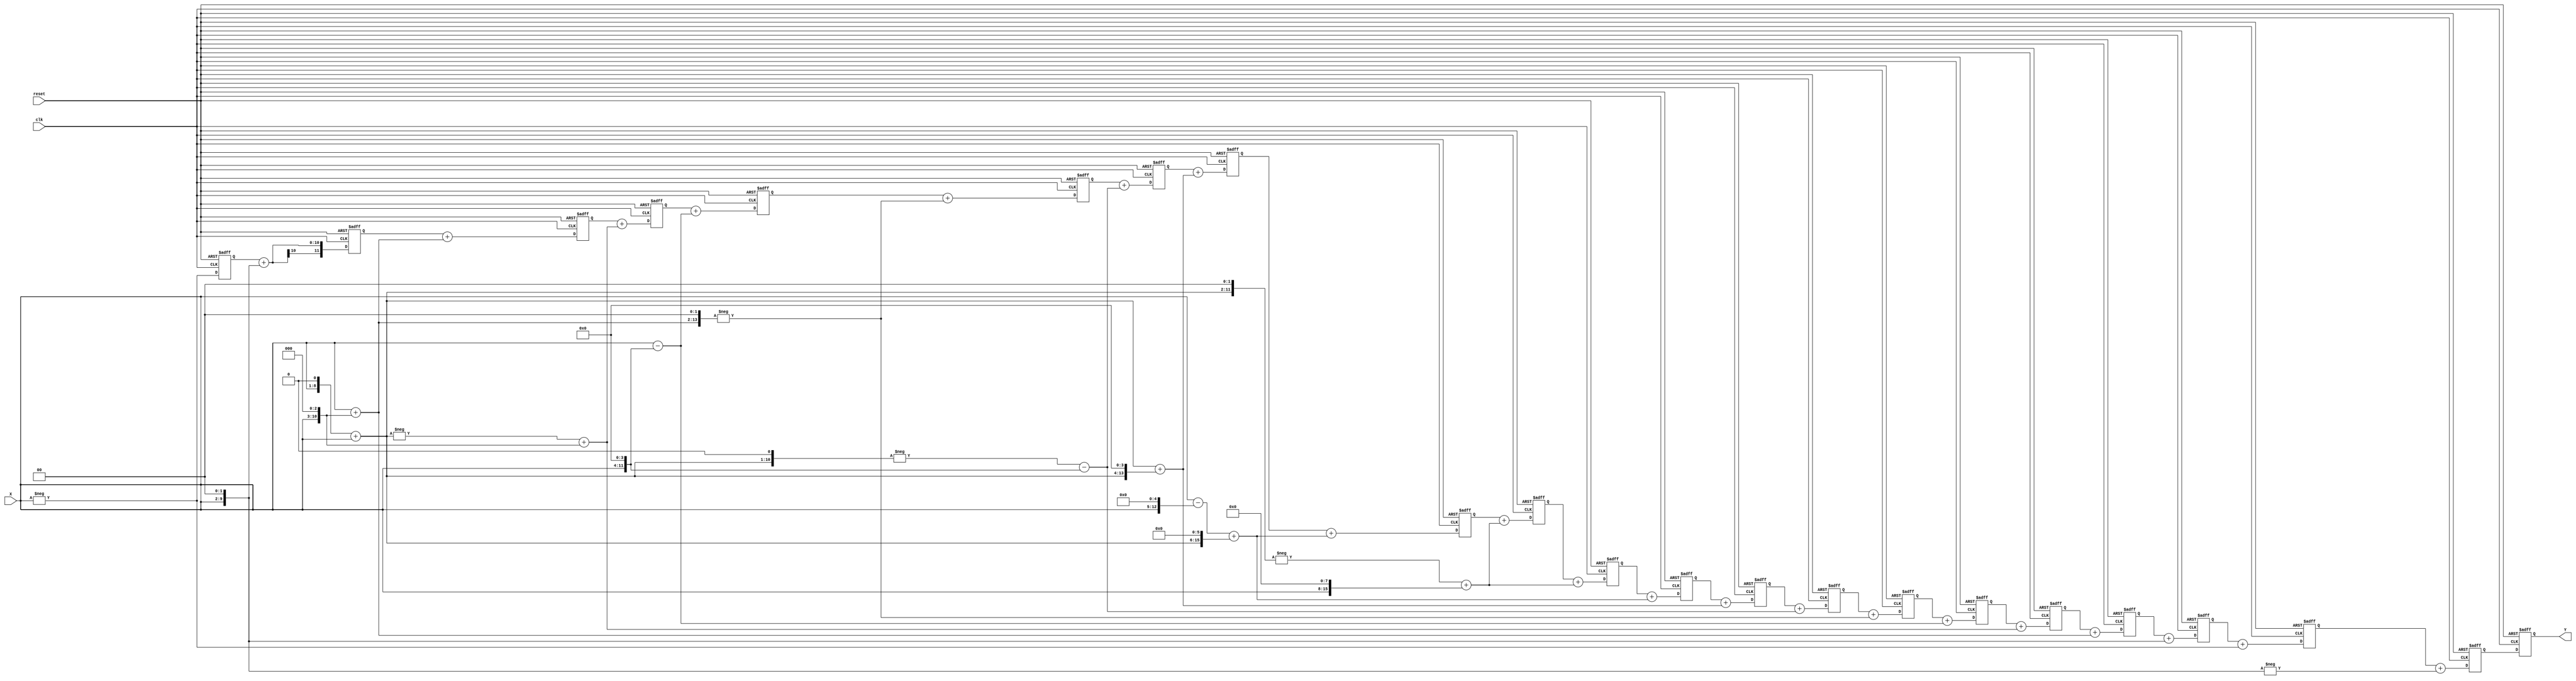
// This program was cloned from: https://github.com/HeLiangHIT/polyphase_filter_prj
// License: MIT License

/*---------------------------------------------------------------------------*
* This solution is produced by FIR Filter Generator (FFG) based on the       *
* Radix-2^r Multiple-Constant-Multiplication (MCM) algorithm developed       *
* by A.K. Oudjida. The FFG program is writen by M.L. Berrandjia based on     * 
* the FFG specifications given by A. Liacha.                                 *
* Copyright (c) 2015 CDTA (www.cdta.dz). Personal use of this material is    *
* permitted. However, permission to use this material for any other purposes *
* must be obtained from the CDTA by sending an email to a_oudjida@cdta.dz    *
*----------------------------------------------------------------------------*/

// FIR filter generator (release version 1.0.0)

module radix_fir_21 (clk, reset, X, Y); 

//Parameters
parameter word_size_in = 8; // Bit-size of the filter input X 
parameter word_size_out = 20; // Bit-size of the filter output Y, 
                              // word_size_out = word_size_in + ceil(log2(sum(abs(Ci))))+1

//Inputs & Outputs
input clk, reset;
input signed [word_size_in-1:0] X;   // Filter input in two's complement representation
output signed [word_size_out-1:0] Y; // Filter output in two's complement representation

reg  [word_size_out-1:0] Y;

// MCM bloc
// Radix-2^r MCM solution of the reduced set (Hmin set) including positive/odd constants only

// Radix-2^r odd-multiples
wire signed [word_size_in:0] x1;
wire signed [10:0] x3;
assign x1 = X;
assign x3 = +(x1<<1)+(x1<<0);

// Hmin set
wire signed  [11:0] x_4;  // coefficients_size = word_size_in + ceil(log2(Ci))
wire signed  [9:0] x_1;
wire signed  [11:0] x4;
wire signed  [12:0] x9;
wire signed  [11:0] x5;
wire signed  [12:0] x_15;
wire signed  [14:0] x_36;
wire signed  [13:0] x_22;
wire signed  [14:0] x51;
wire signed  [16:0] x161;
wire signed  [16:0] x244;

// Radix-2^r recoding of the Hmin set
assign x_4 = -(x1<<2);
assign x_1 = -(x1<<0);
assign x4 = +(x1<<2);
assign x9 = +(x1<<0)+(x1<<3);
assign x5 = -(x3<<0)+(x1<<3);
assign x_15 = +(x1<<0)-(x1<<4);
assign x_36 = -(x9<<2);
assign x_22 = -(x3<<1)-(x1<<4);
assign x51 = +(x3<<0)+(x3<<4);
assign x161 = +(x1<<0)-(x1<<5)+(x3<<6);
assign x244 = -(x3<<2)+(x1<<8);

// SCM_i = Ci x X
wire signed  [11:0] SCM_0;  //SCM_i_size = word_size_in + ceil(log2(Ci))
wire signed  [9:0] SCM_1;
wire signed  [11:0] SCM_2;
wire signed  [12:0] SCM_3;
wire signed  [11:0] SCM_4;
wire signed  [12:0] SCM_5;
wire signed  [14:0] SCM_6;
wire signed  [13:0] SCM_7;
wire signed  [14:0] SCM_8;
wire signed  [16:0] SCM_9;
wire signed  [16:0] SCM_10;
wire signed  [16:0] SCM_11;
wire signed  [16:0] SCM_12;
wire signed  [14:0] SCM_13;
wire signed  [13:0] SCM_14;
wire signed  [14:0] SCM_15;
wire signed  [12:0] SCM_16;
wire signed  [11:0] SCM_17;
wire signed  [12:0] SCM_18;
wire signed  [11:0] SCM_19;
wire signed  [9:0] SCM_20;

assign SCM_0 = x_4;
assign SCM_1 = x_1;
assign SCM_2 = x4;
assign SCM_3 = x9;
assign SCM_4 = x5;
assign SCM_5 = x_15;
assign SCM_6 = x_36;
assign SCM_7 = x_22;
assign SCM_8 = x51;
assign SCM_9 = x161;
assign SCM_10 = x244;
assign SCM_11 = x244;
assign SCM_12 = x161;
assign SCM_13 = x51;
assign SCM_14 = x_22;
assign SCM_15 = x_36;
assign SCM_16 = x_15;
assign SCM_17 = x5;
assign SCM_18 = x9;
assign SCM_19 = x4;
assign SCM_20 = x_1;

// MAC_i is the register i in the adder structure of the filter
reg signed  [19:0] MAC_0; //MAC_i_size = word_size_in + ceil(log2(Sum(Ci)))
reg signed  [19:0] MAC_1;
reg signed  [19:0] MAC_2;
reg signed  [19:0] MAC_3;
reg signed  [19:0] MAC_4;
reg signed  [19:0] MAC_5;
reg signed  [19:0] MAC_6;
reg signed  [19:0] MAC_7;
reg signed  [18:0] MAC_8;
reg signed  [18:0] MAC_9;
reg signed  [18:0] MAC_10;
reg signed  [18:0] MAC_11;
reg signed  [17:0] MAC_12;
reg signed  [16:0] MAC_13;
reg signed  [15:0] MAC_14;
reg signed  [15:0] MAC_15;
reg signed  [14:0] MAC_16;
reg signed  [13:0] MAC_17;
reg signed  [12:0] MAC_18;
reg signed  [11:0] MAC_19;
reg signed  [9:0] MAC_20;

wire signed  [19:0] Y_in;

always @(posedge clk or negedge reset) begin
  if(~reset) begin
    reset_reg;
  end
  else begin
    init_reg;
    Y <= Y_in;
    MAC_0 <=  MAC_1 + SCM_0;
    MAC_1 <=  MAC_2 + SCM_1;
    MAC_2 <=  MAC_3 + SCM_2;
    MAC_3 <=  MAC_4 + SCM_3;
    MAC_4 <=  MAC_5 + SCM_4;
    MAC_5 <=  MAC_6 + SCM_5;
    MAC_6 <=  MAC_7 + SCM_6;
    MAC_7 <=  MAC_8 + SCM_7;
    MAC_8 <=  MAC_9 + SCM_8;
    MAC_9 <=  MAC_10 + SCM_9;
    MAC_10 <=  MAC_11 + SCM_10;
    MAC_11 <=  MAC_12 + SCM_11;
    MAC_12 <=  MAC_13 + SCM_12;
    MAC_13 <=  MAC_14 + SCM_13;
    MAC_14 <=  MAC_15 + SCM_14;
    MAC_15 <=  MAC_16 + SCM_15;
    MAC_16 <=  MAC_17 + SCM_16;
    MAC_17 <=  MAC_18 + SCM_17;
    MAC_18 <=  MAC_19 + SCM_18;
    MAC_19 <=  MAC_20 + SCM_19;
    MAC_20 <=  SCM_20;
  end
end

assign Y_in = MAC_0;

// Tasks

task reset_reg;
  begin
    MAC_0 <=  0;
    MAC_1 <=  0;
    MAC_2 <=  0;
    MAC_3 <=  0;
    MAC_4 <=  0;
    MAC_5 <=  0;
    MAC_6 <=  0;
    MAC_7 <=  0;
    MAC_8 <=  0;
    MAC_9 <=  0;
    MAC_10 <=  0;
    MAC_11 <=  0;
    MAC_12 <=  0;
    MAC_13 <=  0;
    MAC_14 <=  0;
    MAC_15 <=  0;
    MAC_16 <=  0;
    MAC_17 <=  0;
    MAC_18 <=  0;
    MAC_19 <=  0;
    MAC_20 <=  0;
    Y <= 0;
  end
endtask

task init_reg;
  begin
    Y <= Y;
    MAC_0 <=  MAC_0;
    MAC_1 <=  MAC_1;
    MAC_2 <=  MAC_2;
    MAC_3 <=  MAC_3;
    MAC_4 <=  MAC_4;
    MAC_5 <=  MAC_5;
    MAC_6 <=  MAC_6;
    MAC_7 <=  MAC_7;
    MAC_8 <=  MAC_8;
    MAC_9 <=  MAC_9;
    MAC_10 <=  MAC_10;
    MAC_11 <=  MAC_11;
    MAC_12 <=  MAC_12;
    MAC_13 <=  MAC_13;
    MAC_14 <=  MAC_14;
    MAC_15 <=  MAC_15;
    MAC_16 <=  MAC_16;
    MAC_17 <=  MAC_17;
    MAC_18 <=  MAC_18;
    MAC_19 <=  MAC_19;
    MAC_20 <=  MAC_20;
  end
endtask

endmodule